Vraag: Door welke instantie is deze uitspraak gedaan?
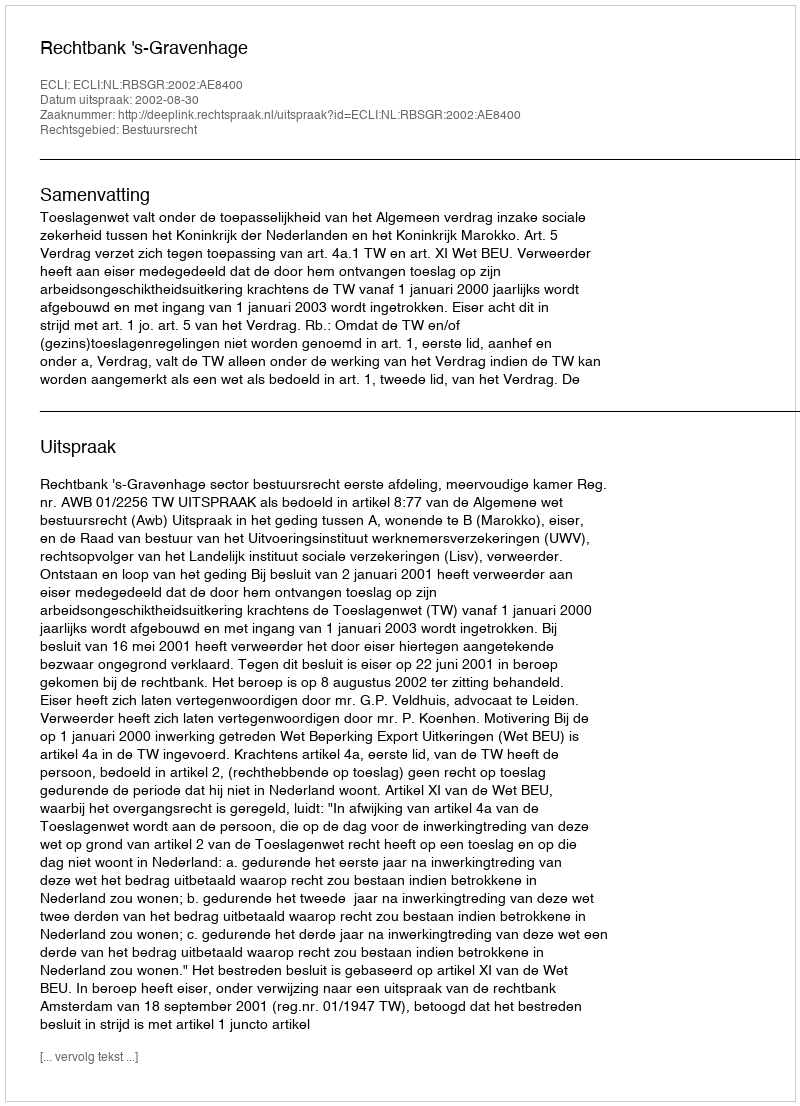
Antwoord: Rechtbank 's-Gravenhage